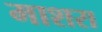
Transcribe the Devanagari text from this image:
माशरा